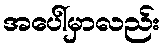
အပေါ်မှာလည်း